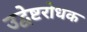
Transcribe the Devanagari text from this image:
उद्वेष्टरोधक